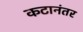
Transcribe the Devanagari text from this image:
कटानंतर